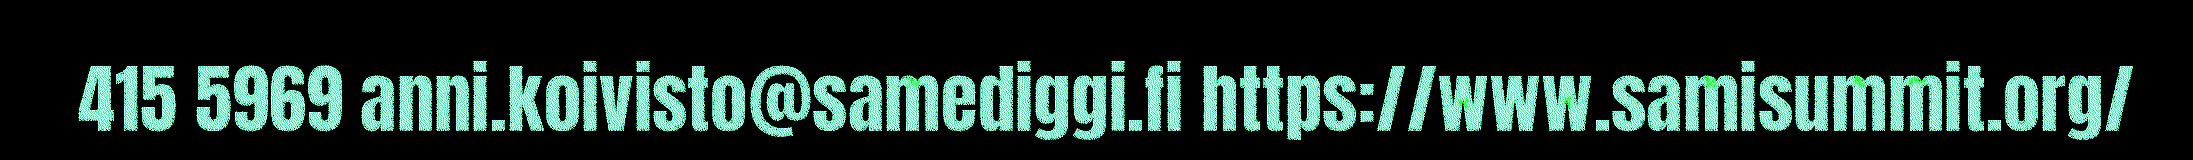
415 5969 anni.koivisto@samediggi.fi https://www.samisummit.org/